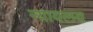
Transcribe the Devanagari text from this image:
न्‍यायलय